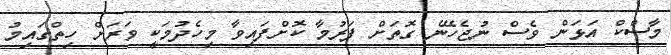
މާސްކް އަޅަން ވެސް ނުޖެހޭނެ ގޮތަށް ފަރުމާ ކޮށްފައިވާ މިހެދުމަކީ ވަރަށް ހިތްގައިމު